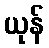
ယုန်